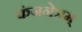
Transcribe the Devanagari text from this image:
कंजनेत्रम्‌